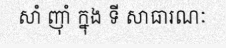
សាំ ញ៉ាំ ក្នុង ទី សាធារណៈ